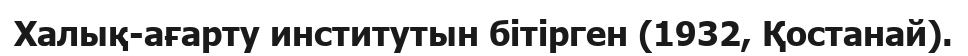
Халық-ағарту институтын бітірген (1932, Қостанай).